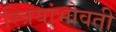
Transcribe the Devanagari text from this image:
स्त्रियांभोवती